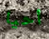
أحيا